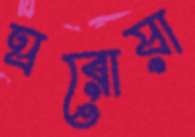
ঘরোয়া